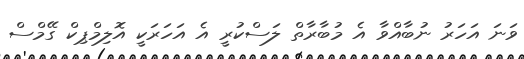
ވަނަ އަހަރު ނުބާއްވާ އެ މުބާރާތް ލަސްކުރީ އެ އަހަރަކީ އޮލިމްޕިކް ގޭމްސް